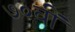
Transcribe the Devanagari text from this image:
७०वीं